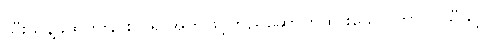
သီးသန့်ခွဲထုတ်ခြင်း ဂရု အုတ်ဖြင့်တည်ဆောက်ထားသော ဟာဝိုင်ယီသို့